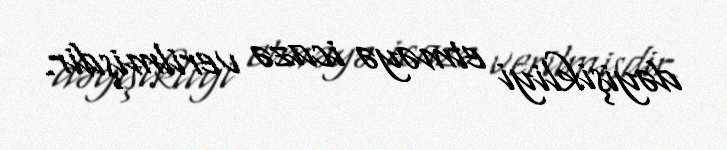
dəyişikliyi etməyə icazə verilmişdir.